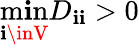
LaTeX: \operatorname*{m\mathbf{i}n}_{\mathbf{i}\inV}D_{\mathbf{i}\mathbf{i}}>0